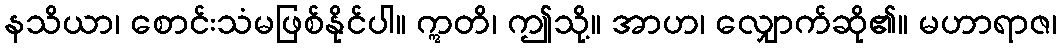
နသိယာ၊ စောင်းသံမဖြစ်နိုင်ပါ။ ဣတိ၊ ဤသို့။ အာဟ၊ လျှောက်ဆို၏။ မဟာရာဇ၊